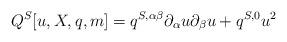
LaTeX: \begin{align*} Q^S [u,X,q,m] = q^{S, \alpha\beta} \partial_{\alpha}u\partial_{\beta} u + q^{S, 0}u^2\end{align*}